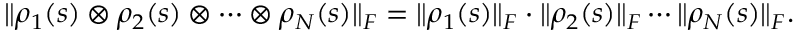
\begin{array} { r } { \| \rho _ { 1 } ( s ) \otimes \rho _ { 2 } ( s ) \otimes \cdots \otimes \rho _ { N } ( s ) \| _ { F } = \| \rho _ { 1 } ( s ) \| _ { F } \cdot \| \rho _ { 2 } ( s ) \| _ { F } \cdots \| \rho _ { N } ( s ) \| _ { F } . } \end{array}